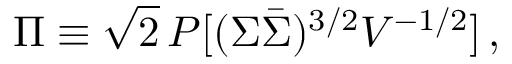
\Pi \equiv \sqrt { 2 } \, { \cal P } [ ( \Sigma \bar { \Sigma } ) ^ { 3 / 2 } V ^ { - 1 / 2 } ] \, ,